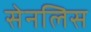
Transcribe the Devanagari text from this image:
सेनलिस